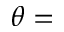
\theta =